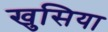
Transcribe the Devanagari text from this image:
खुसिया